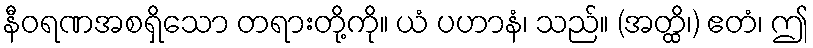
နီဝရဏအစရှိသော တရားတို့ကို။ ယံ ပဟာနံ၊ သည်။ (အတ္ထိ၊) ဧတံ၊ ဤ